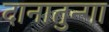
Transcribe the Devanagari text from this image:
दानातुन्गा